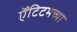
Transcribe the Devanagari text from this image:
ऍंटिटमच्या